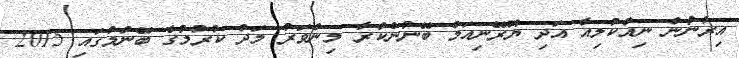
އިރާނުން ނިއުކުލިއާ އަދި ޔޫރޭނިއަމް ބޭނުންކުރާ މިންވަރު މަދު ކުރުމުގެ ބޭނުމުގައި 2015